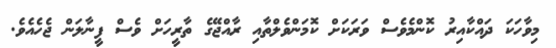
މިވާހަކަ ދައްކާއިރު ކޮންމެވެސް ވަރަކަށް ކޮމަންވެލްތާއި ރާއްޖޭގެ ތާރީހަށް ވެސް ފީނާލަން ޖެހެއެވެ.